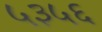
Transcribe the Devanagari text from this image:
५३५६